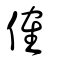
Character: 傕